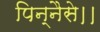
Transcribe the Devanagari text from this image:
पिन्नैसे।।